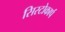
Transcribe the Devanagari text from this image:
सिस्टोकार्प